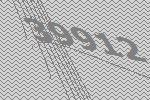
39912